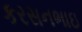
કરસનભાઇ